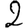
Digit: 2